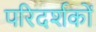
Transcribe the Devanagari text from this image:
परिदर्शकों